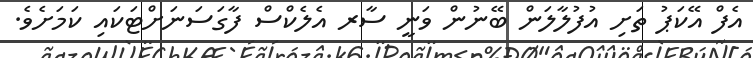
އެފް އޭކަޕު ތަށި އުފުލާލަން ބޭނުން ވަނީ ސާރ އެލެކްސް ފާގަސަނަށްޓަކައި ކަމަށެވެ.